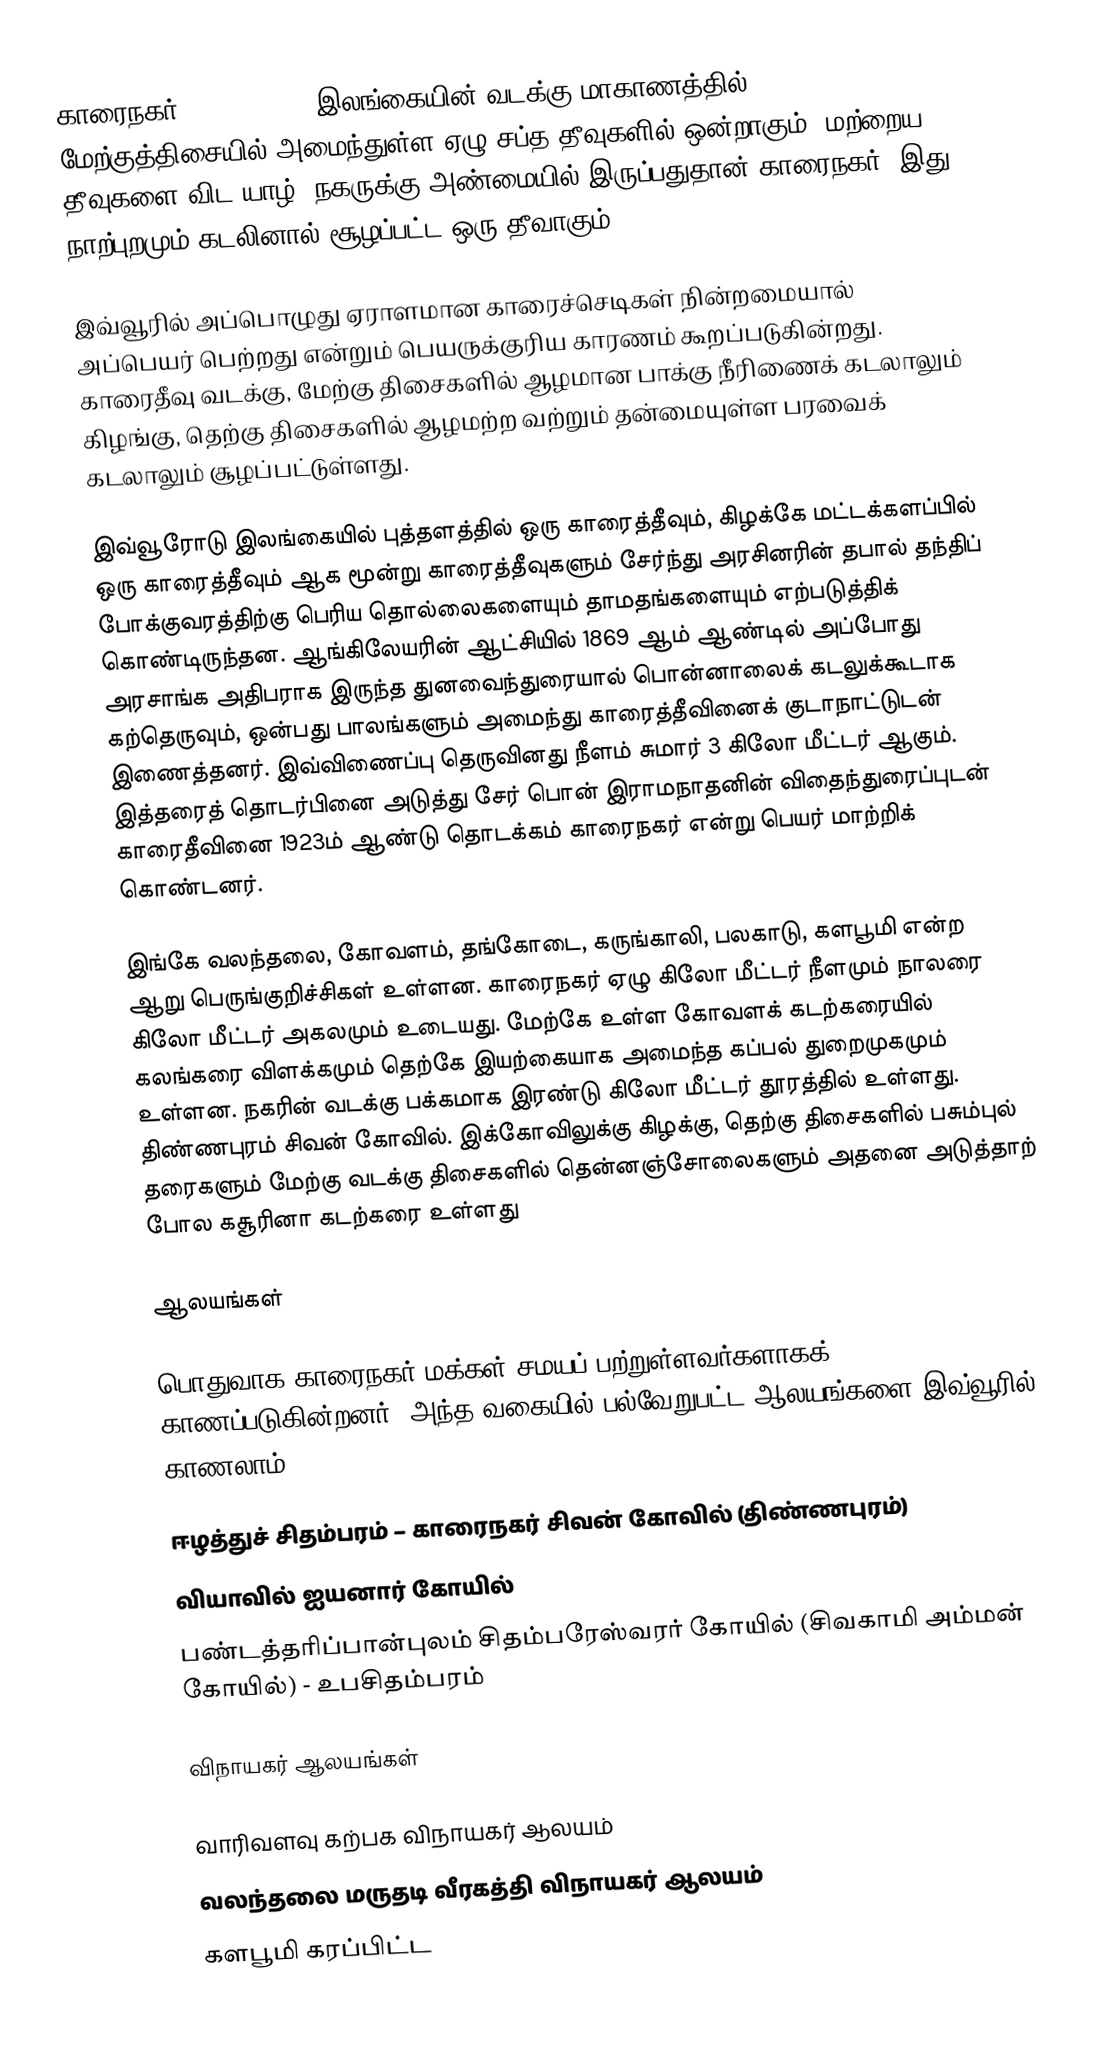
காரைநகர் (Karainagar) இலங்கையின் வடக்கு மாகாணத்தில் மேற்குத்திசையில் அமைந்துள்ள ஏழு சப்த தீவுகளில் ஒன்றாகும். மற்றைய தீவுகளை விட யாழ். நகருக்கு அண்மையில் இருப்பதுதான் காரைநகர். இது நாற்புறமும் கடலினால் சூழப்பட்ட ஒரு தீவாகும்.

இவ்வூரில் அப்பொழுது ஏராளமான காரைச்செடிகள் நின்றமையால் அப்பெயர் பெற்றது என்றும் பெயருக்குரிய காரணம் கூறப்படுகின்றது. காரைதீவு வடக்கு, மேற்கு திசைகளில் ஆழமான பாக்கு நீரிணைக் கடலாலும் கிழங்கு, தெற்கு திசைகளில் ஆழமற்ற வற்றும் தன்மையுள்ள பரவைக் கடலாலும் சூழப்பட்டுள்ளது.

இவ்வூரோடு இலங்கையில் புத்தளத்தில் ஒரு காரைத்தீவும், கிழக்கே மட்டக்களப்பில் ஒரு காரைத்தீவும் ஆக மூன்று காரைத்தீவுகளும் சேர்ந்து அரசினரின் தபால் தந்திப் போக்குவரத்திற்கு பெரிய தொல்லைகளையும் தாமதங்களையும் எற்படுத்திக் கொண்டிருந்தன. ஆங்கிலேயரின் ஆட்சியில் 1869 ஆம் ஆண்டில் அப்போது அரசாங்க அதிபராக இருந்த துனவைந்துரையால் பொன்னாலைக் கடலுக்கூடாக கற்தெருவும், ஒன்பது பாலங்களும் அமைந்து காரைத்தீவினைக் குடாநாட்டுடன் இணைத்தனர். இவ்விணைப்பு தெருவினது நீளம் சுமார் 3 கிலோ மீட்டர் ஆகும். இத்தரைத் தொடர்பினை அடுத்து சேர் பொன் இராமநாதனின் விதைந்துரைப்புடன் காரைதீவினை 1923ம் ஆண்டு தொடக்கம் காரைநகர் என்று பெயர் மாற்றிக் கொண்டனர்.

இங்கே வலந்தலை, கோவளம், தங்கோடை, கருங்காலி, பலகாடு, களபூமி என்ற ஆறு பெருங்குறிச்சிகள் உள்ளன. காரைநகர் ஏழு கிலோ மீட்டர் நீளமும் நாலரை கிலோ மீட்டர் அகலமும் உடையது. மேற்கே உள்ள கோவளக் கடற்கரையில் கலங்கரை விளக்கமும் தெற்கே இயற்கையாக அமைந்த கப்பல் துறைமுகமும் உள்ளன. நகரின் வடக்கு பக்கமாக இரண்டு கிலோ மீட்டர் தூரத்தில் உள்ளது. திண்ணபுரம் சிவன் கோவில். இக்கோவிலுக்கு கிழக்கு, தெற்கு திசைகளில் பசும்புல் தரைகளும் மேற்கு வடக்கு திசைகளில் தென்னஞ்சோலைகளும் அதனை அடுத்தாற் போல கசூரினா கடற்கரை உள்ளது

ஆலயங்கள்

பொதுவாக காரைநகர் மக்கள் சமயப் பற்றுள்ளவர்களாகக் காணப்படுகின்றனர். அந்த வகையில் பல்வேறுபட்ட ஆலயங்களை இவ்வூரில் காணலாம்:

 ஈழத்துச் சிதம்பரம் – காரைநகர் சிவன் கோவில் (திண்ணபுரம்)
 வியாவில் ஐயனார் கோயில்
 பண்டத்தரிப்பான்புலம் சிதம்பரேஸ்வரர் கோயில் (சிவகாமி அம்மன் கோயில்) - உபசிதம்பரம்

விநாயகர் ஆலயங்கள்

 வாரிவளவு கற்பக விநாயகர் ஆலயம்
 வலந்தலை மருதடி வீரகத்தி விநாயகர் ஆலயம்
 களபூமி கரப்பிட்ட